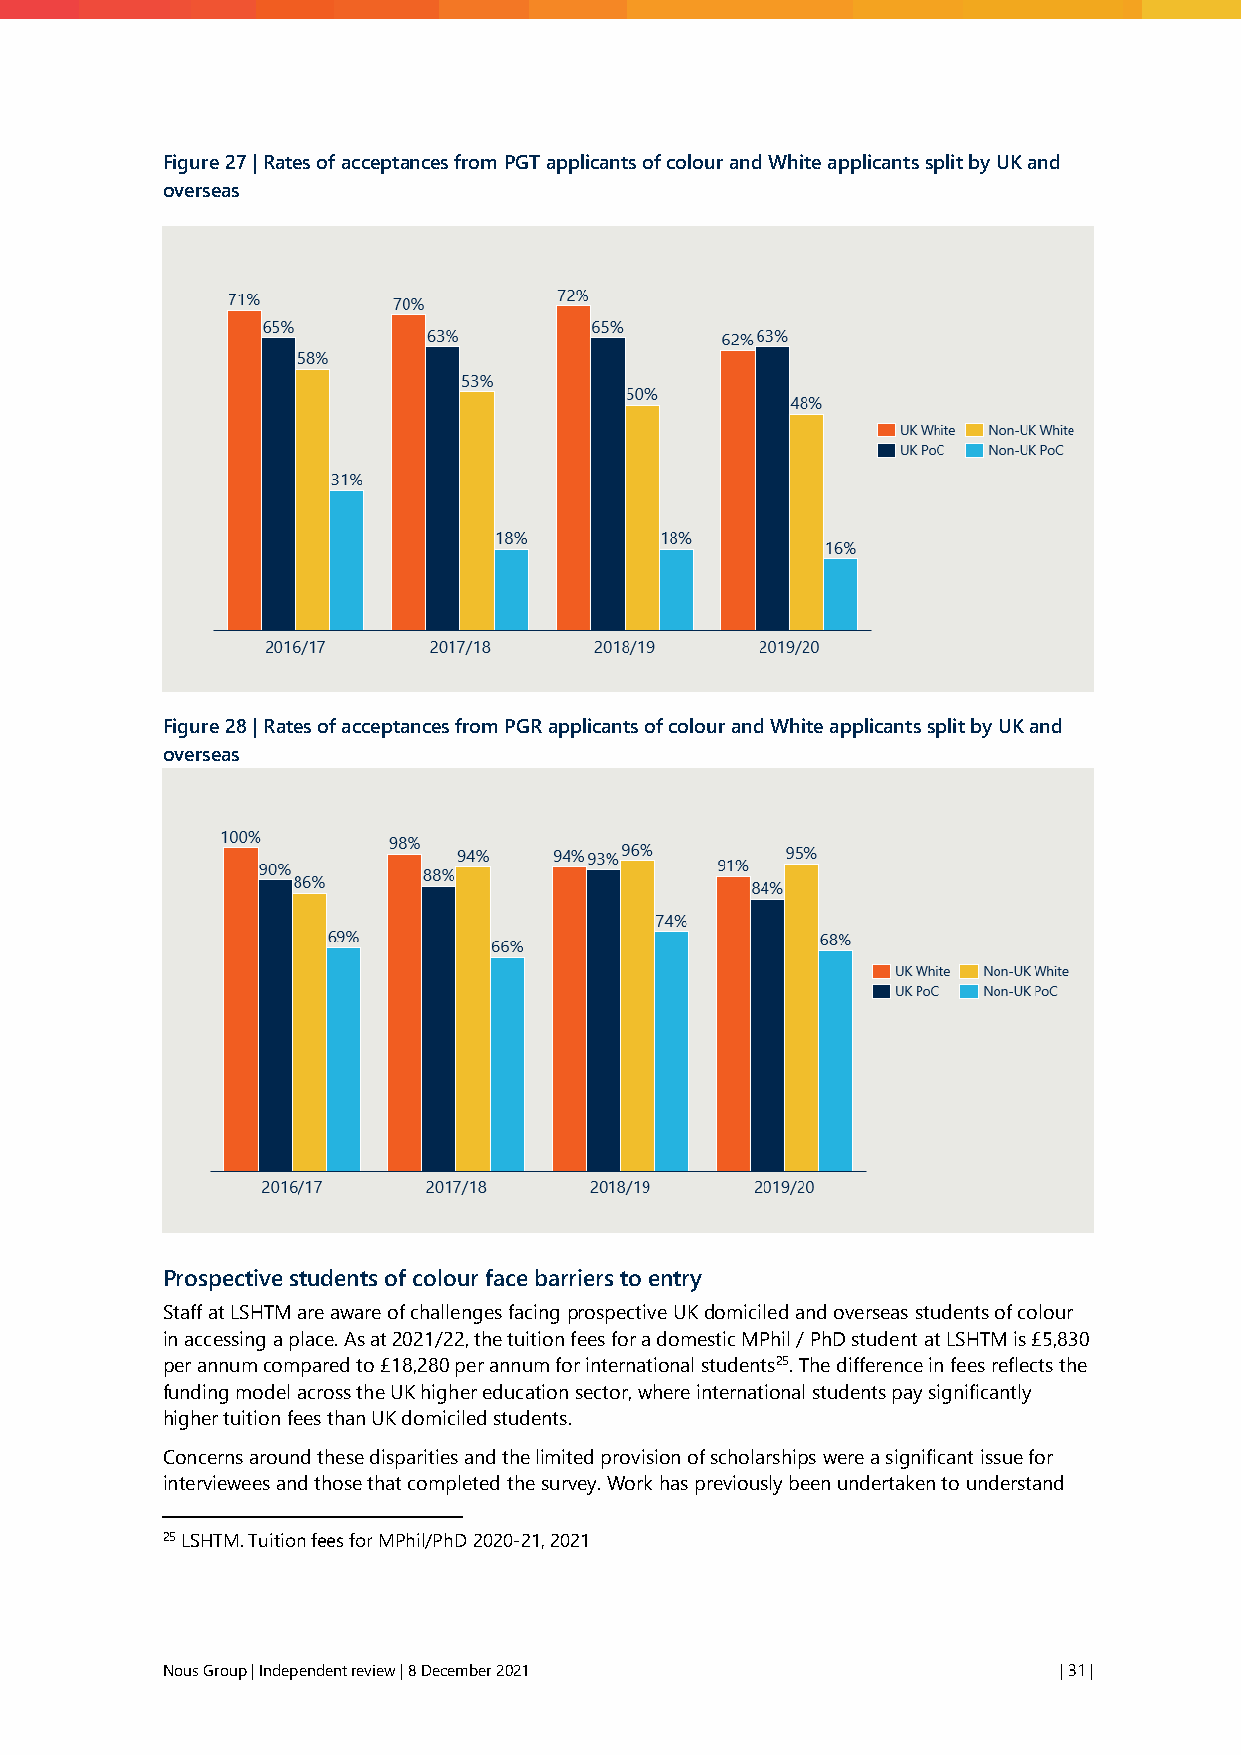
Figure 27 | Rates of acceptances from PGT applicants of colour and White applicants split by UK and
 overseas
 Figure 28 | Rates of acceptances from PGR applicants of colour and White applicants split by UK and
 overseas
 Prospective students of colour face barriers to entry
 Staff at LSHTM are aware of challenges facing prospective UK domiciled and overseas students of colour
 in accessing a place. As at 2021/22, the tuition fees for a domestic MPhil / PhD student at LSHTM is £5,830
 per annum compared to £18,280 per annum for international students25. The difference in fees reflects the
 funding model across the UK higher education sector, where international students pay significantly
 higher tuition fees than UK domiciled students.
 Concerns around these disparities and the limited provision of scholarships were a significant issue for
 interviewees and those that completed the survey. Work has previously been undertaken to understand
 25 LSHTM. Tuition fees for MPhil/PhD 2020-21, 2021
 Nous Group | Independent review | 8 December 2021          | 31 |